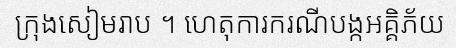
ក្រុងសៀមរាប ។ ហេតុការករណីបង្កអគ្គិភ័យ